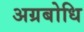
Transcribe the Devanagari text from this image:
अग्रबोधि